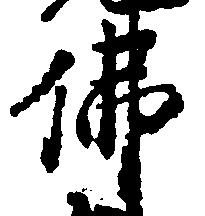
仏